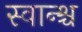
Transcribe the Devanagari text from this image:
स्वान्श्च